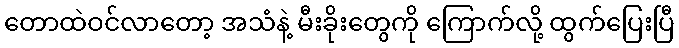
တောထဲဝင်လာတော့ အသံနဲ့ မီးခိုးတွေကို ကြောက်လို့ ထွက်ပြေးပြီ